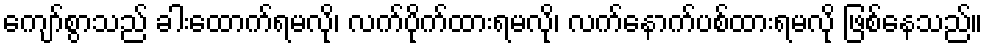
ကျော်စွာသည် ခါးထောက်ရမလို၊ လက်ပိုက်ထားရမလို၊ လက်နောက်ပစ်ထားရမလို ဖြစ်နေသည်။